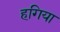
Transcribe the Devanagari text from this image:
हगिया